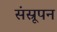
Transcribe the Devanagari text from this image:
संस्रूपन